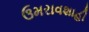
ઉમરાવશાહી